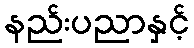
နည်းပညာနှင့်